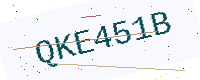
Text: QKE451B